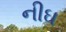
નીઘ